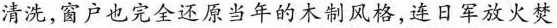
清洗，窗户也完全还原当年的木制风格，连日军放火焚